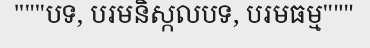
"""បទ, បរមនិស្កលបទ, បរមធម្ម"""